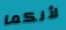
لأنكما